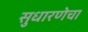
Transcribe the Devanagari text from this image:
सुधारणेचा